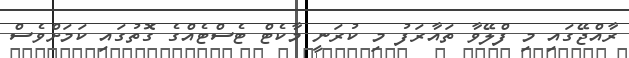
ރާއްޖޭގައި މި ފްލޭވާ ތައާރަފު މި ކުރަނީ މާކެޓް ޓެސްޓެއްގެ ގޮތުގައި ކަމަށްވެސް